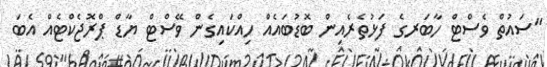
"ސައުތް ވެސްޓް ހާބަރގެ ފަޅުތެރެއިން ބޮޑުބައެއް ހިއްކައިގެން ވޭސްޓް ޔާޑް ޕްރޮޖެކްޓެއް އެބަ